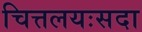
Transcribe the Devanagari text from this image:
चित्तलयःसदा